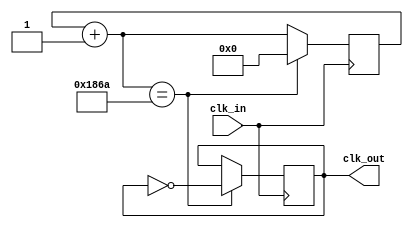
module clk_4_gen(
	input clk_in,
	output reg clk_out
);

reg [15:0] counter; // for reference to 50MHz cycles, resets at 0x186A = 6,250

initial
begin
	clk_out = 1'b0; // 4kHz clock cycle for binary code transmission
	counter = 16'h0000;
end

always @(posedge clk_in)
begin
	counter = counter + 16'h0001;
	if (counter == 16'h186A)	
	begin
		clk_out = ~clk_out;
		counter = 16'h0000;
	end	
end

endmodule